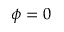
\phi = 0